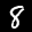
Label: 8